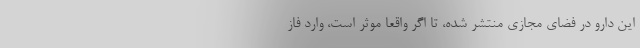
این دارو در فضای مجازی منتشر شده، تا اگر واقعاً موثر است، وارد فاز